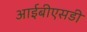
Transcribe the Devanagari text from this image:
आईबीएसडी